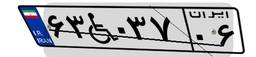
۶۳W۰۳۷۰۶